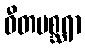
ဝီတမစ္ဆရာ